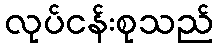
လုပ်ငန်းစုသည်